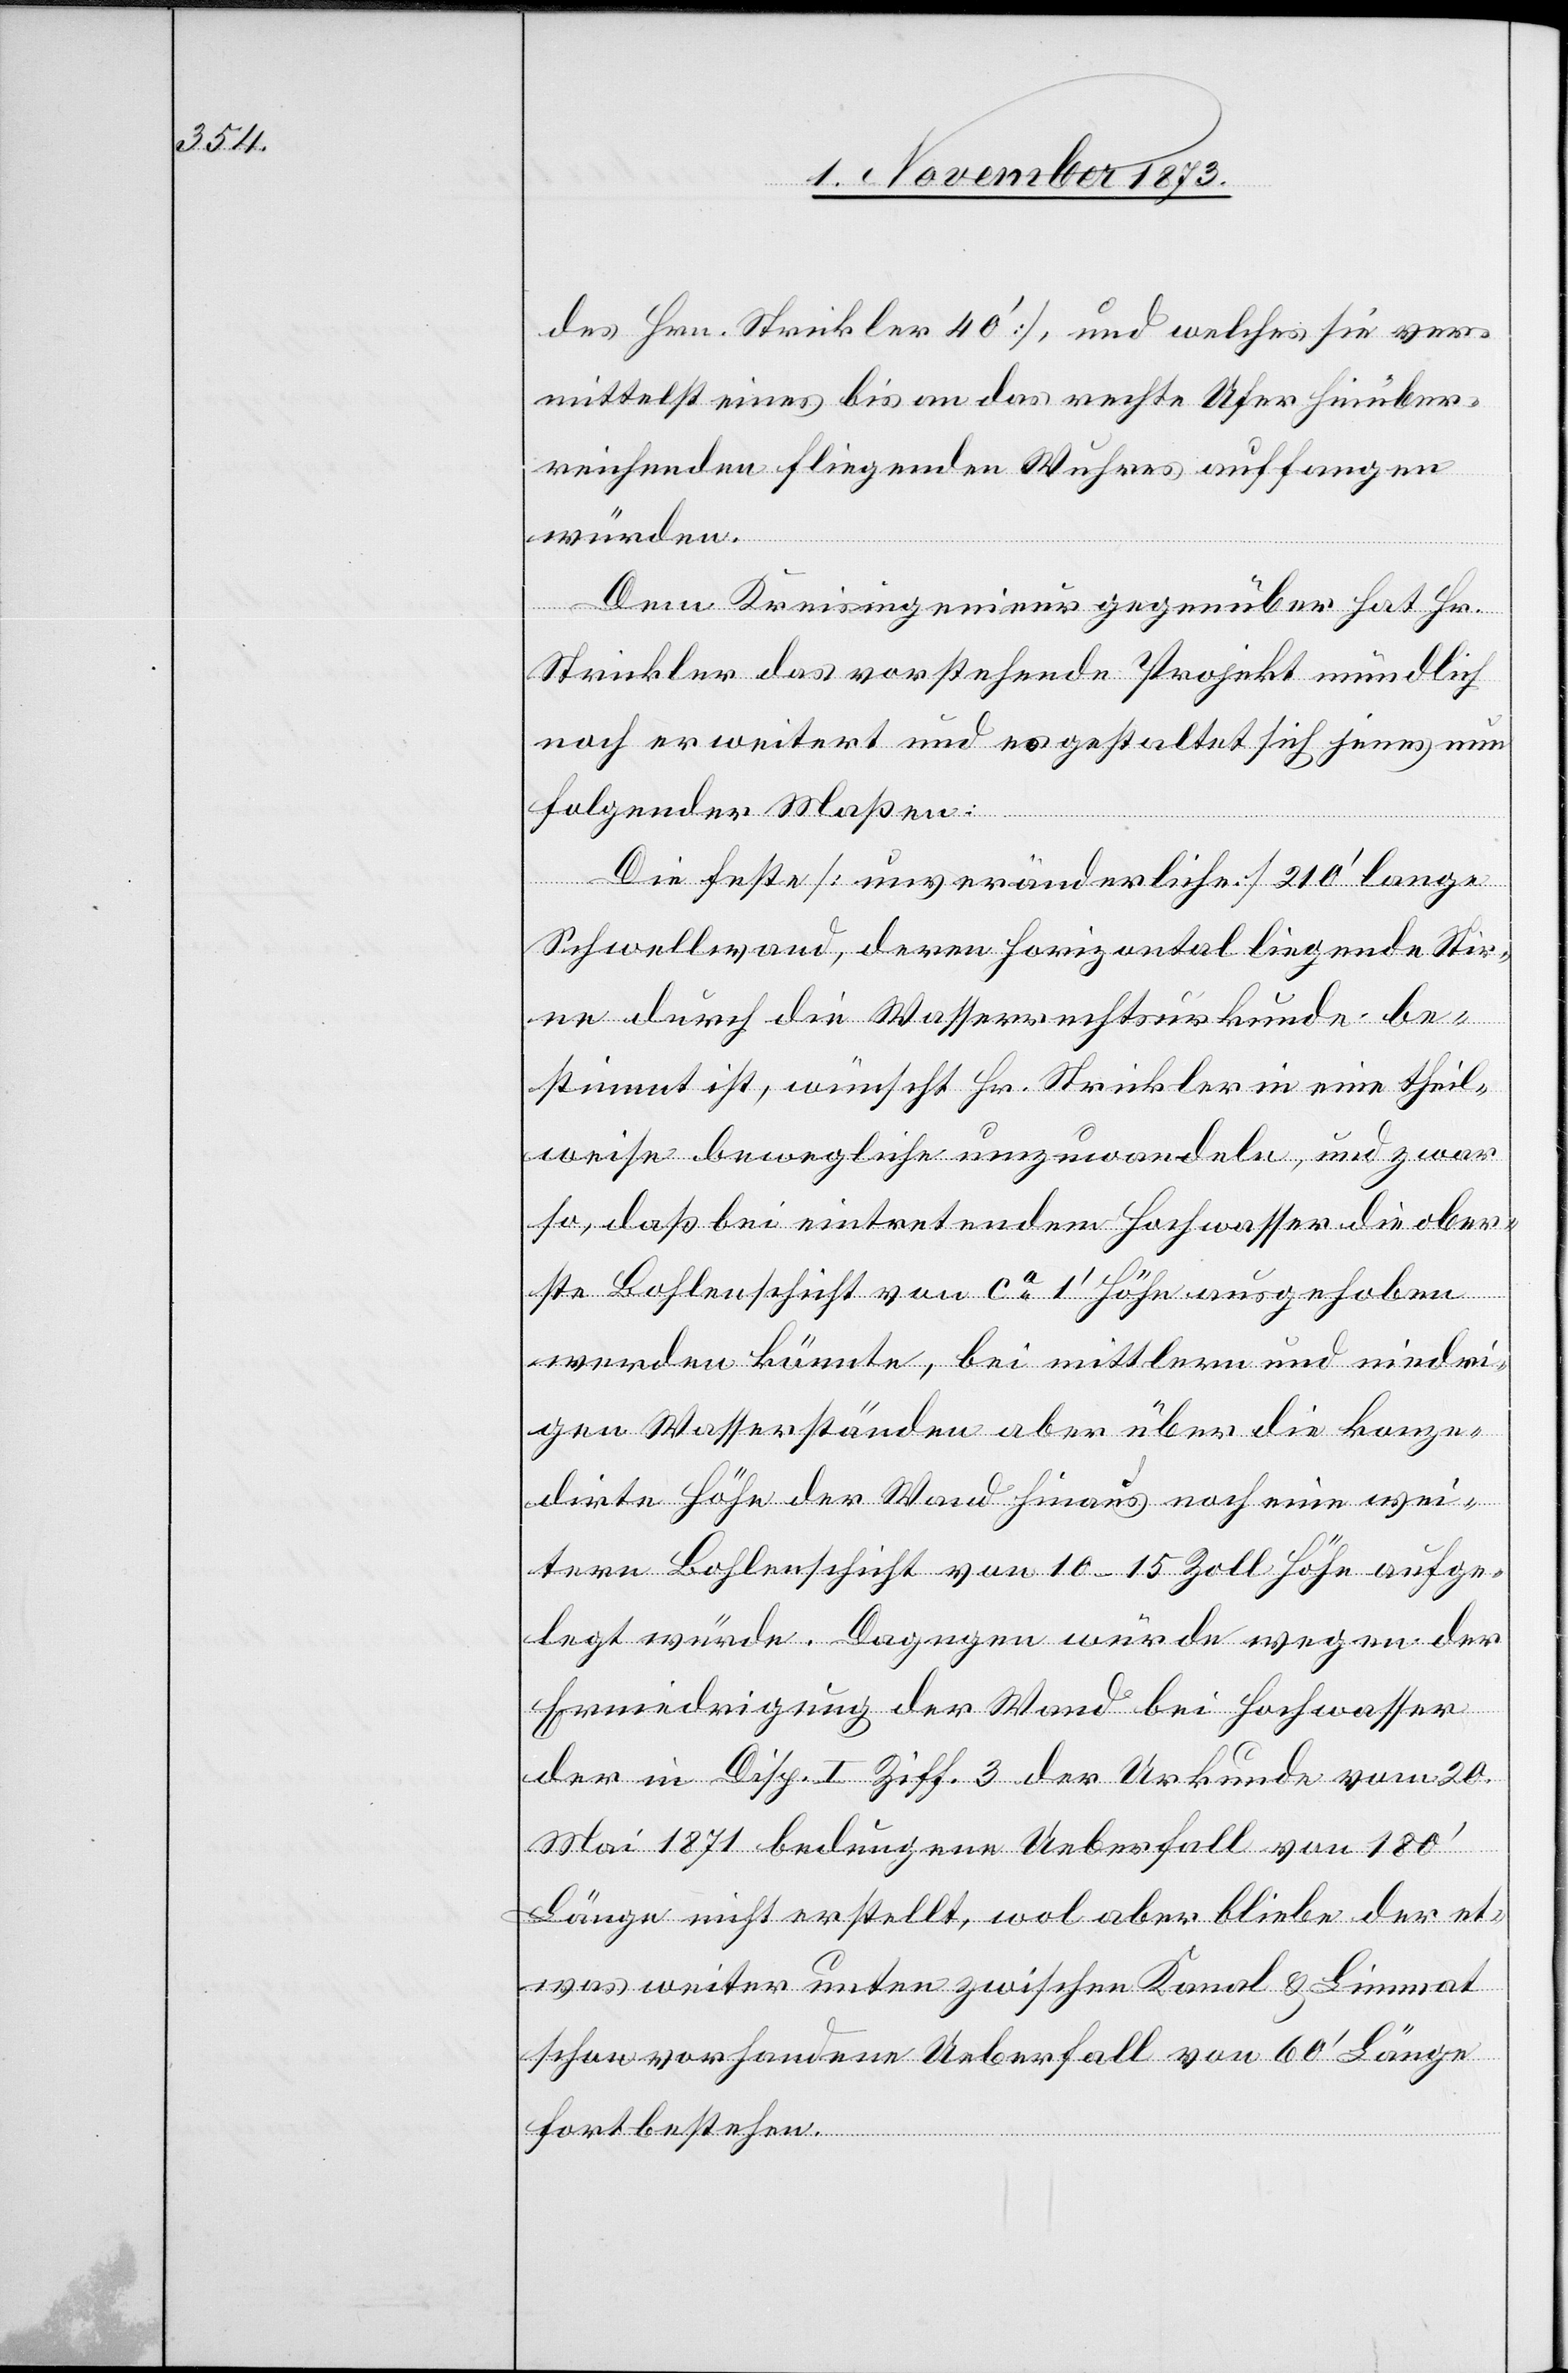
des Hrn. Strickler 40‘], und welches sie ver¬
mittelst eines bis an das rechte Ufer hinüber¬
reichenden fliegenden Wuhres auffangen
würden.
Dem Kreisingenieur gegenüber hat Hr.
Strickler das vorstehende Projekt mündlich
noch erweitert und es gestaltet sich jenes nun
folgender Maßen:
Die feste [unveränderliche] 210‘ lange
Schwellwand, deren horizontal liegende Stir¬
ne durch die Wasserrechtsurkunde be¬
stimmt ist, wünscht Hr. Strickler in eine theil¬
weise bewegliche umzuwandeln, und zwar
so, daß bei eintretendem Hochwasser die ober¬
ste Bohlenschicht von ca 1‘ Höhe ausgehoben
werden könnte, bei mittlern und niedri¬
gen Wasserständen aber über die konze¬
dirte Höhe der Wand hinaus noch eine wei¬
tere Bohlenschicht von 10–15 Zoll Höhe aufge¬
legt würde. Dagegen würde wegen der
Erniedrigung der Wand bei Hochwasser
der in Disp. I Ziff. 3 der Urkunde vom 20.
Mai 1871 bedungene Ueberfall von 180‘
Länge nicht erstellt, wol aber bliebe der et¬
was weiter unten zwischen Kanal & Limmat
schon vorhandene Ueberfall von 60‘ Länge
fortbestehen.